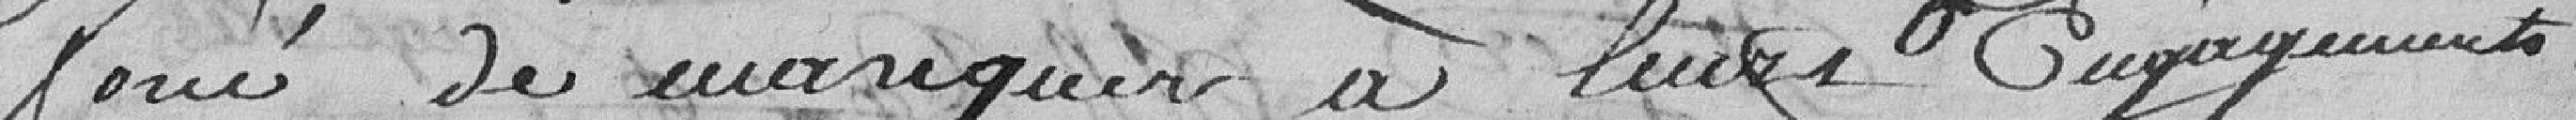
joué de manquer à leurs engagements